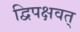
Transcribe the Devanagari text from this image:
द्विपक्षवत्‌